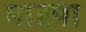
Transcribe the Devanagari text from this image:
मारपा